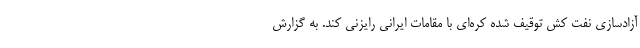
آزادسازی نفت کش توقیف شده کره‌ای با مقامات ایرانی رایزنی کند. به گزارش